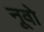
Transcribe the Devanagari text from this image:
नूवो